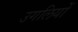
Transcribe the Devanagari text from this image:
उगलियों